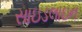
સાઇડલાઇન